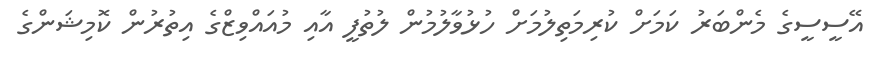
އޭސީސީގެ މެންބަރު ކަމަށް ކުރިމަތިލުމަށް ހުޅުވާލުމުން ލުތުފީ އާއި މުއައްވިޒްގެ އިތުރުން ކޮމިޝަންގެ